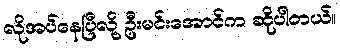
လိုအပ်နေပြီလို့ ဦးမင်းအောင်က ဆိုပါတယ်။